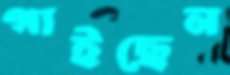
গাইছেন